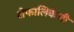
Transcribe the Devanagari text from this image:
शेफालिकेची